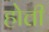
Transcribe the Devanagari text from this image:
होत्ती